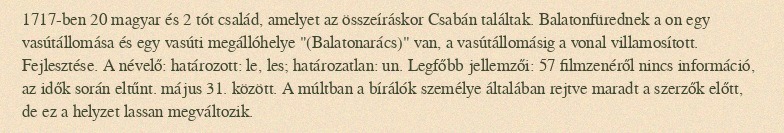
1717-ben 20 magyar és 2 tót család, amelyet az összeíráskor Csabán találtak. Balatonfürednek a on egy vasútállomása és egy vasúti megállóhelye "(Balatonarács)" van, a vasútállomásig a vonal villamosított. Fejlesztése. A névelő: határozott: le, les; határozatlan: un. Legfőbb jellemzői: 57 filmzenéről nincs információ, az idők során eltűnt. május 31. között. A múltban a bírálók személye általában rejtve maradt a szerzők előtt, de ez a helyzet lassan megváltozik.